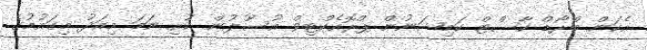
އެކަން ބްރޯޑް ކާސްޓް ކަމިޝަނުން ޕްރޮއެކްޓިވް އުސޫލުން ކުރި ނަމަ މިއަދު މިގައުމުގެ